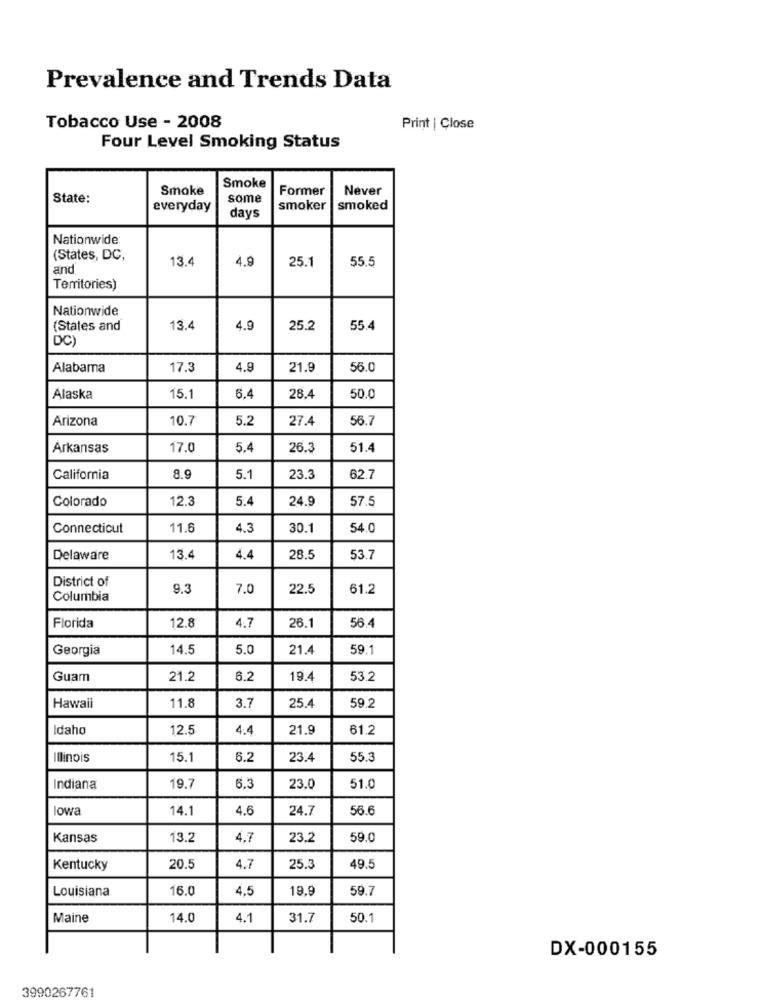
Prevalence and Trends Data
Tobacco Use - 2008
Print | Close
Four Level Smoking Status
Smoke
Smoke
Former
Never
State:
some
everyday
smoker |smoked
days
Nationwide:
(States, DC,
4.9
25.1
55.5
and
13.4
Territories)
Nationwide
(States and
13.4
4.9
25.2
55.4
DC)
Alabama
17.3
4.9
21.9
56.0
Alaska
15.1
6.4
28.4
50.0
Arizona
10.7
5.2
27.4
56.7
Arkansas
17.0
5.4
26.3
51.4
California
8.9
5.1
23.3
62.7
Colorado
12.3
5.4
24.9
57.5
Connecticut
11.6
4.3
30.1
54.0
Delaware
13.4
4.4
28.5
53.7
District of
9.3
7.0
22.5
61.2
Columbia
56.4
Florida
12.8
4.7
26.1
Georgia
14.5
5.0
21.4
59.1
Guam
21.2
6.2
19.4
53.2
Hawaii
25.4
11.8
3.7
59.2
Idaho
12.5
4.4
21.9
61.2
Illinois
15.1
6.2
23.4
55.3
Indiana
19.7
6.3
23.0
51.0
lowa
14.1
4.6
24.7
56.6
Kansas
13.2
4.7
23.2
59.0
Kentucky
20.5
4.7
25.3
49.5
Louisiana
16.0
4.5
19.9
59.7
Maine
14.0
4.1
31.7
50.1
DX-000155
3990267761